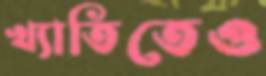
খ্যাতিতেও